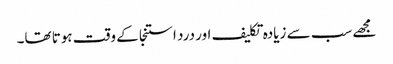
مجھے سب سے زیادہ تکلیف اور درد استنجا کے وقت ہوتا تھا۔